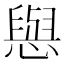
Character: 𢢎